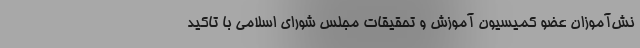
نش‌آموزان عضو کمیسیون آموزش و تحقیقات مجلس شورای اسلامی با تاکید